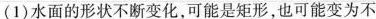
(1)水面的形状不断变化，可能是矩形，也可能变为不